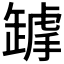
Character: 𦉋